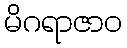
မိဂရာဇာဝ